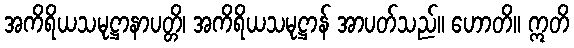
အကိရိယသမုဋ္ဌာနာပတ္တိ၊ အကိရိယသမုဋ္ဌာန် အာပတ်သည်။ ဟောတိ။ ဣတိ